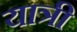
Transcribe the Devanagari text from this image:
यात्री